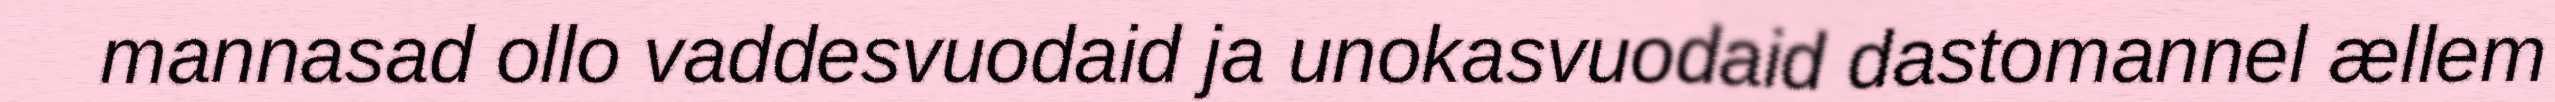
mannasad ollo vaddesvuodaid ja unokasvuodaid dastomannel ællem